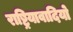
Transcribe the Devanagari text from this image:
राष्ट्रियावादियो